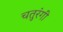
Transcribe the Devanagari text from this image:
चतुरंगी